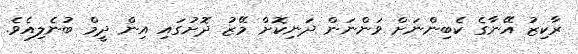
ރާކިޒު އޭނާގެ ކެބިންނަށް ވަންނަން ދަނިކޮށް މޭޒު ދޮށުގައި އިން ދީމް ބުނެލިއެވެ.